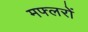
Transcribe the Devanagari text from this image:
मफ्लरों